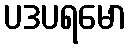
ပဒပရမော